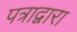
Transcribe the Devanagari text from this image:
पत्राद्वारा